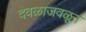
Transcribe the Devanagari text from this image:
देवळाजवळून